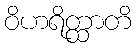
ဝိဟရိတ္ထာတိ